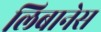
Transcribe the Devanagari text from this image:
लिबानेस